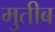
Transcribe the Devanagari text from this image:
मुतीब